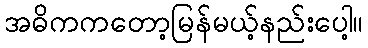
အဓိကကတော့မြန်မယ့်နည်းပေါ့။